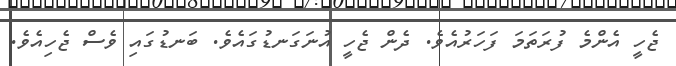
ޖެހީ އެންމެ ފުރަތަމަ ފަހަރުއެވެ. ދެން ޖެހީ އުނަގަނޑުގައެވެ. ބަނޑުގައި ވެސް ޖެހިއެވެ.